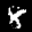
Label: 8